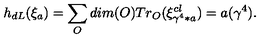
h _ { d L } ( \xi _ { a } ) = \sum _ { O } d i m ( O ) T r _ { O } ( \xi _ { \gamma ^ { 4 } * a } ^ { c l } ) = a ( \gamma ^ { 4 } ) .